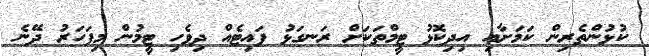
ކުޅުންތެރިން ކަމަށާއި އިދިކޮޅު ޓީމްތަކަށް ރަނގަޅު ފައިޓެއް ދިވެހި ޓީމުން މިފަހަރު ދޭނެ